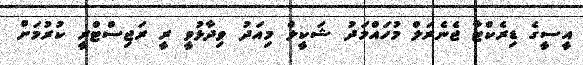
އީސީގެ ޑިރެކްޓާ ޖެނެރަލް މުހައްމަދު ޝަކީލް މިއަދު ވިދާޅުވީ ރީ ރަޖިސްޓްރީ ކުރުމަށް